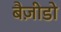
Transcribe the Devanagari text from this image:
बैज़ीडो